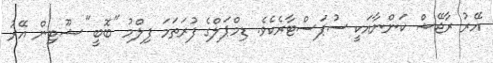
އޭރު ރާޖޭޝް ކަންނާއަކީ ސުޕަސްޓާރެކެވެ. ޑިމްޕަލްގެ ފުރަތަމަ ފިލްމު "ބޮބީ" ޝޫޓިން އޭރު